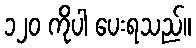
၁၂၀ ကိုပါ ပေးရသည်။